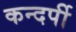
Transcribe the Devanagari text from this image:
कन्दर्पी